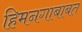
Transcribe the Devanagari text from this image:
हिमनगाबाबत